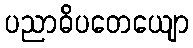
ပညာဓိပတေယျော